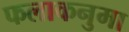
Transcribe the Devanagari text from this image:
फलाकनुमा